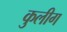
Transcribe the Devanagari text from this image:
कुलीग